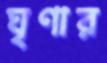
ঘৃণার